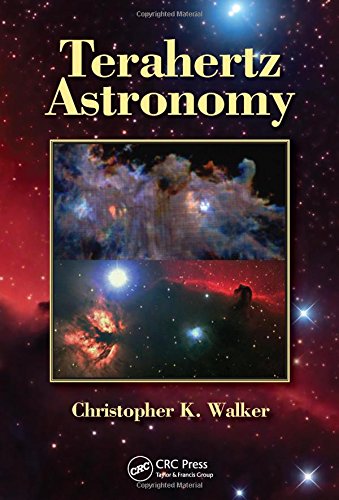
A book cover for Terahertz Astronomy; Christopher K. Walker; Science & Math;